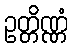
ဥတ္တိဏ္ဏံ